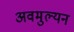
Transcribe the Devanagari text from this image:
अवमुल्यन